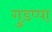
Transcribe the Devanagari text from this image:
गुडप्पा